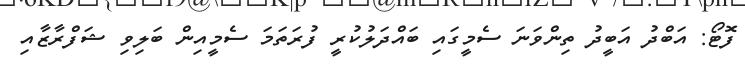
ފޮޓޯ: އަބްދު އަބީދު ތިންވަނަ ސެމީގައި ބައްދަލުކުރީ ފުރަތަމަ ސެމީއިން ބަލިވި ޝަފްރާޒާއި